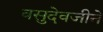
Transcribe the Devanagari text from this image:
वसुदेवजीने